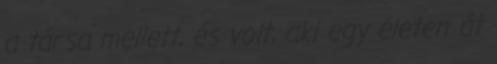
a társa mellett, és volt, aki egy életen át